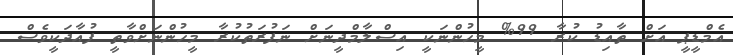
އެމްޑީޕީ އަށް ތާއިޑު ކުރާ 99% މީހުންނަކީ އިސްލާމްދީނަށް ނަފުރަތުކުރާ މީހުންނަށްވާތީ ފުއާދަކީވެސް